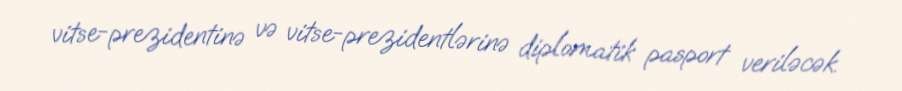
vitse-prezidentinə və vitse-prezidentlərinə diplomatik pasport veriləcək.